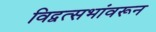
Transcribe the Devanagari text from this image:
विद्वत्सभांवरून